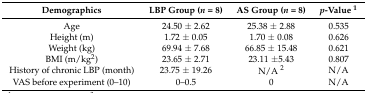
<table><thead><tr><td><b>Demographics</b></td><td><b>LBP Group (<i>n</i> = 8)</b></td><td><b>AS Group (<i>n</i> = 8)</b></td><td><b><i>p</i>-Value <sup>1</sup></b></td></tr></thead><tbody><tr><td>Age</td><td>24.50 ± 2.62</td><td>25.38 ± 2.88</td><td>0.535</td></tr><tr><td>Height (m)</td><td>1.72 ± 0.05</td><td>1.70 ± 0.08</td><td>0.626</td></tr><tr><td>Weight (kg)</td><td>69.94 ± 7.68</td><td>66.85 ± 15.48</td><td>0.621</td></tr><tr><td>BMI (m/kg<sup>2</sup>)</td><td>23.65 ± 2.71</td><td>23.11 ±5.43</td><td>0.807</td></tr><tr><td>History of chronic LBP (month)</td><td>23.75 ± 19.26</td><td>N/A <sup>2</sup></td><td>N/A</td></tr><tr><td>VAS before experiment (0–10)</td><td>0–0.5</td><td>0</td><td>N/A</td></tr></tbody></table>